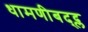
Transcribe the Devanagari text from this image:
धामणीबद्द्ल